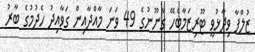
ޒުލްފާ ވިދާޅުވީ ޓޫރިޒަމާބެހޭ ގާނޫނުގެ 49 ވަނަ މާއްދާއިން ގަވާއިދު ހެދުމުގެ ބާރު